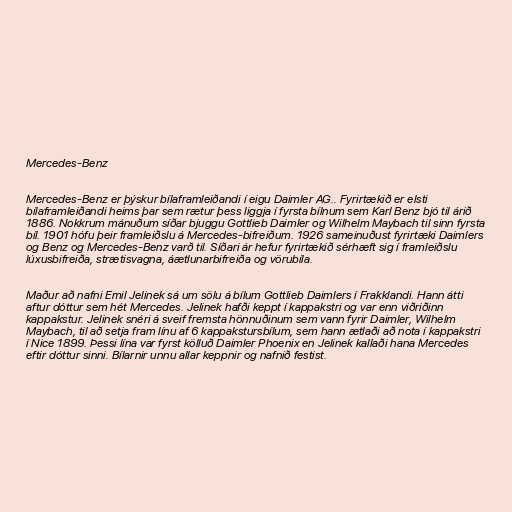
Mercedes-Benz

Mercedes-Benz er þýskur bílaframleiðandi í eigu Daimler AG.. Fyrirtækið er elsti
bílaframleiðandi heims þar sem rætur þess liggja í fyrsta bílnum sem Karl Benz bjó til árið
1886. Nokkrum mánuðum síðar bjuggu Gottlieb Daimler og Wilhelm Maybach til sinn fyrsta
bíl. 1901 hófu þeir framleiðslu á Mercedes-bifreiðum. 1926 sameinuðust fyrirtæki Daimlers
og Benz og Mercedes-Benz varð til. Síðari ár hefur fyrirtækið sérhæft sig í framleiðslu
lúxusbifreiða, strætisvagna, áætlunarbifreiða og vörubíla.

Maður að nafni Emil Jelinek sá um sölu á bílum Gottlieb Daimlers í Frakklandi. Hann átti
aftur dóttur sem hét Mercedes. Jelinek hafði keppt í kappakstri og var enn viðriðinn
kappakstur. Jelinek snéri á sveif fremsta hönnuðinum sem vann fyrir Daimler, Wilhelm
Maybach, til að setja fram línu af 6 kappakstursbílum, sem hann ætlaði að nota í kappakstri
í Nice 1899. Þessi lína var fyrst kölluð Daimler Phoenix en Jelinek kallaði hana Mercedes
eftir dóttur sinni. Bílarnir unnu allar keppnir og nafnið festist.